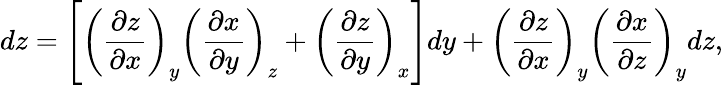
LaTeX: dz=\left[{\left({\frac{\partial z}{\partial x}}\right)}_{y}{\left({\frac{\partial x}{\partial y}}\right)}_{z}+{\left({\frac{\partial z}{\partial y}}\right)}_{x}\right]dy+{\left({\frac{\partial z}{\partial x}}\right)}_{y}{\left({\frac{\partial x}{\partial z}}\right)}_{y}dz,